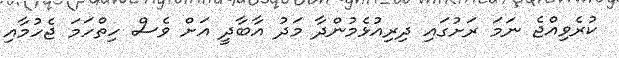
ކުރެވިއްޖެ ނަމަ ރަށުގައި ދިރިއުޅެމުންދާ މަދު އާބާދީ އަށް ވެސް ހިތްހަމަ ޖެހުމާއި